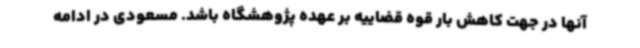
آنها در جهت کاهش بار قوه قضاییه بر عهده پژوهشگاه باشد. مسعودی در ادامه